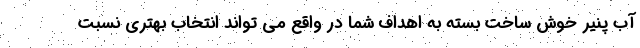
آب پنیر خوش ساخت بسته به اهداف شما در واقع می تواند انتخاب بهتری نسبت